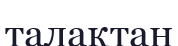
талақтан